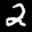
Label: 2